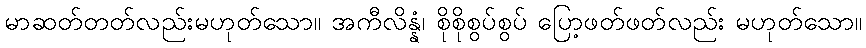
မာဆတ်တတ်လည်းမဟုတ်သော။ အကီလိန္နံ၊ စိုစိုစွပ်စွပ် ပြော့ဖတ်ဖတ်လည်း မဟုတ်သော။